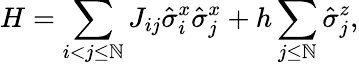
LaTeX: H=\sum_{i<j\leq\mathbb{N}}J_{ij}\hat{{\sigma}}_{i}^{x}\hat{{\sigma}}_{j}^{x}+h\sum_{j\leq\mathbb{N}}\hat{{\sigma}}_{j}^{z},